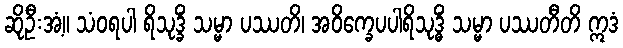
ဆိုဦးအံ့။ သံဝရပါ ရိသုဒ္ခိံ သမ္မာ ပဿတိ၊ အဝိက္ခေပပါရိသုဒ္ဓိံ သမ္မာ ပဿတီတိ ဣဒံ